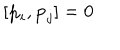
[ { \bf { p } } _ { i } , { \bf { p } } _ { j } ] = 0